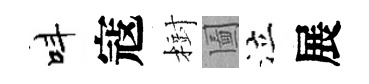
呌寇𣗳圗泣展